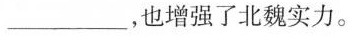
\underline，也增强了北魏实力。